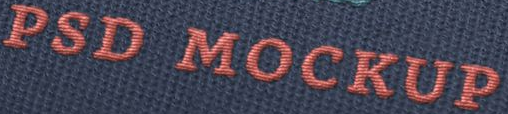
PSD MOCKUP